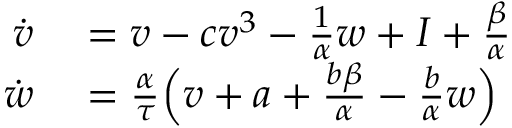
\begin{array} { r l } { \dot { v } } & { { } = v - c v ^ { 3 } - \frac { 1 } { \alpha } w + I + \frac { \beta } { \alpha } } \\ { \dot { w } } & { { } = \frac { \alpha } { \tau } \Big ( v + a + \frac { b \beta } { \alpha } - \frac { b } { \alpha } w \Big ) } \end{array}